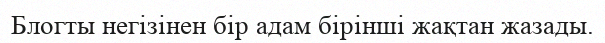
Блогты негізінен бір адам бірінші жақтан жазады.